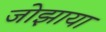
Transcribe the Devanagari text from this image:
जोझाया